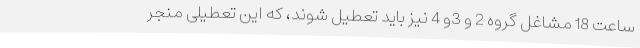
ساعت 18 مشاغل گروه 2 و 3و 4 نیز باید تعطیل شوند، که این تعطیلی منجر